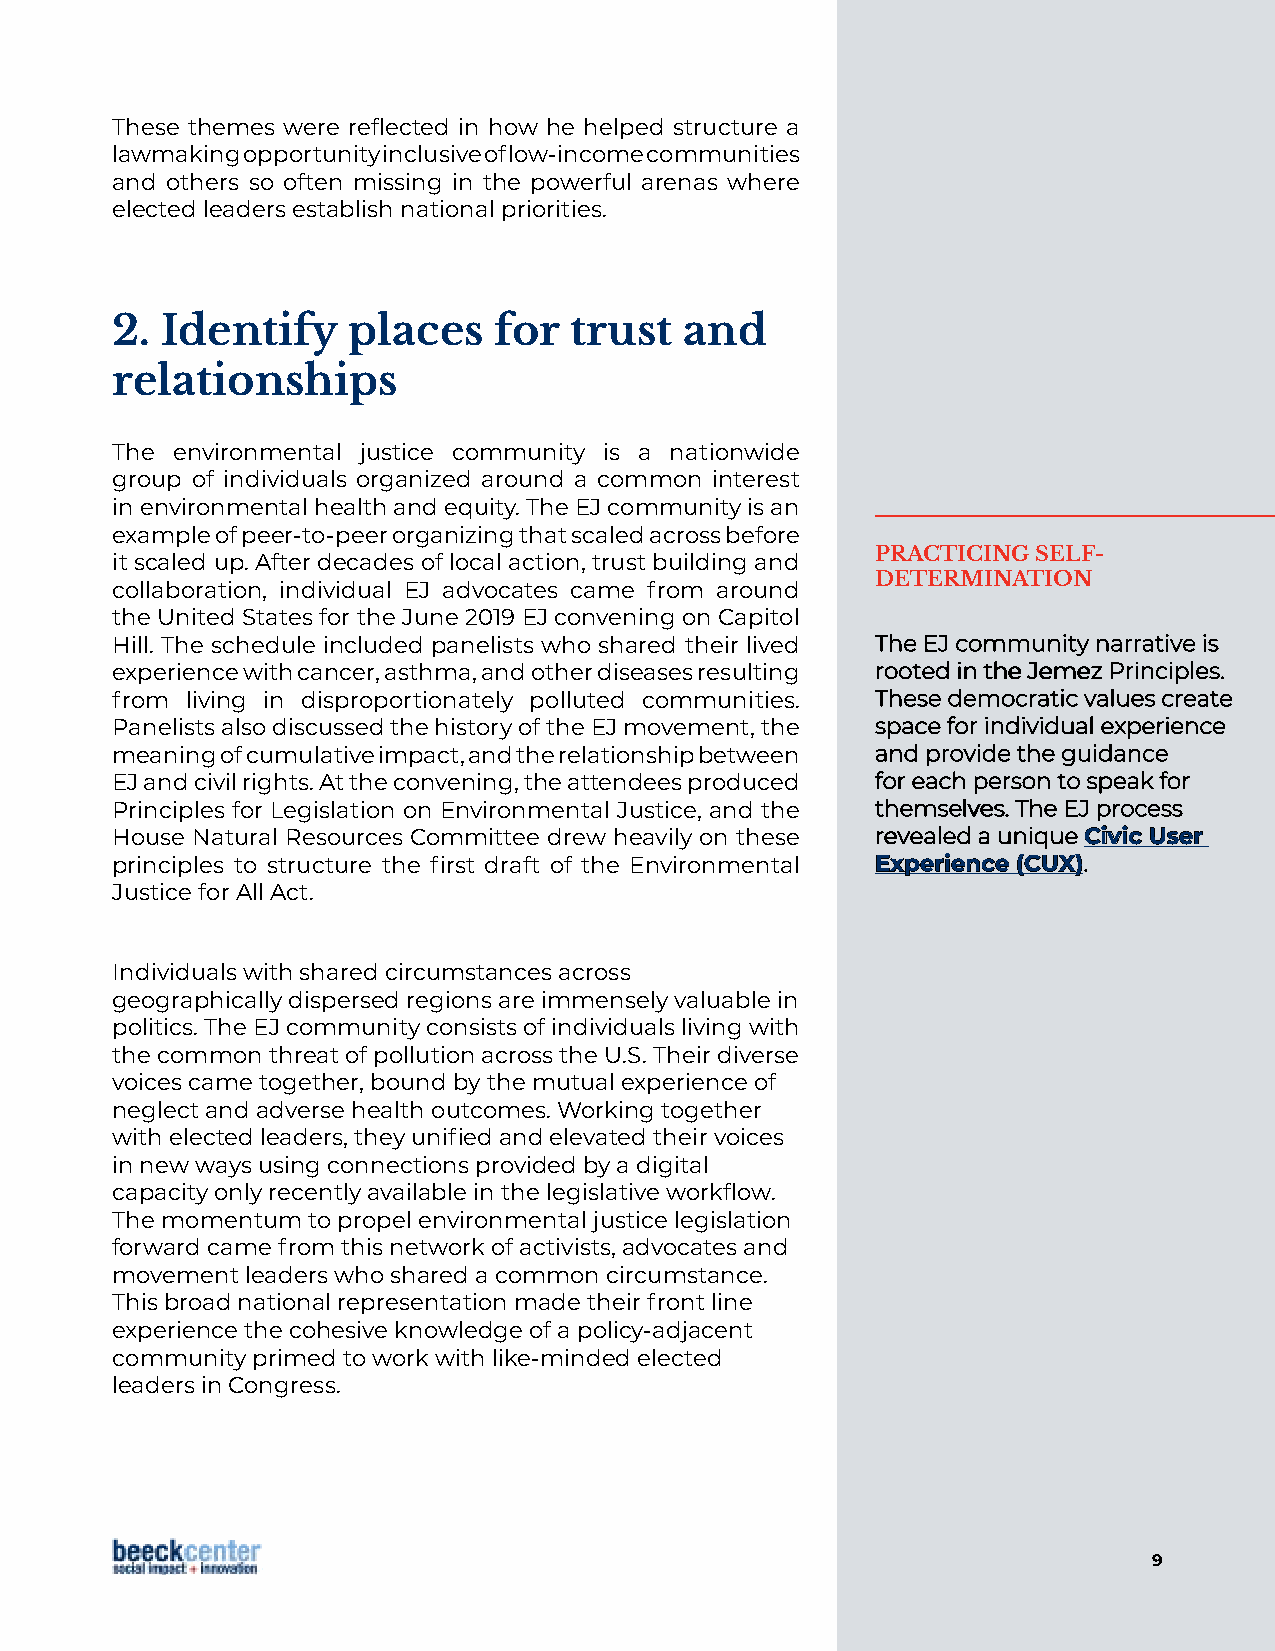
These themes were reflected in how he helped structure a
 lawmaking opportunity inclusive of low-income communities
 and others so often missing in the powerful arenas where
 elected leaders establish national priorities.
 2.  Identify    places    for  trust  and
 relationships
 The environmental justice community is a nationwide
 group of individuals organized around a common interest
 in environmental health and equity. The EJ community is an
 example of peer-to-peer organizing that scaled across before
 PRACTICING SELF-
 it scaled up. After decades of local action, trust building and
 DETERMINATION
 collaboration, individual EJ advocates came from around
 the United States for the June 2019 EJ convening on Capitol
 Hill. The schedule included panelists who shared their lived TThhee EEJJ ccoommmmuunniittyy nnaarrrraattiivvee iiss
 experience with cancer, asthma, and other diseases resulting rrooootteedd iinn tthhee JJeemmeezz PPrriinncciipplleess..
 from living in disproportionately polluted communities. TThheessee ddeemmooccrraattiicc vvaalluueess ccrreeaattee
 Panelists also discussed the history of the EJ movement, the ssppaaccee ffoorr iinnddiivviidduuaall eexxppeerriieennccee
 meaning of cumulative impact, and the relationship between aanndd pprroovviiddee tthhee gguuiiddaannccee
 EJ and civil rights. At the convening, the attendees produced ffoorr eeaacchh ppeerrssoonn ttoo ssppeeaakk ffoorr
 Principles for Legislation on Environmental Justice, and the tthheemmsseellvveess.. TThhee EEJJ pprroocceessss
 House Natural Resources Committee drew heavily on these rreevveeaalleedd aa uunniiqquuee CCiivviicc UUsseerr
 principles to structure the first draft of the Environmental EExxppeerriieennccee ((CCUUXX))..
 Justice for All Act.
 Individuals with shared circumstances across
 geographically dispersed regions are immensely valuable in
 politics. The EJ community consists of individuals living with
 the common threat of pollution across the U.S. Their diverse
 voices came together, bound by the mutual experience of
 neglect and adverse health outcomes. Working together
 with elected leaders, they unified and elevated their voices
 in new ways using connections provided by a digital
 capacity only recently available in the legislative workflow.
 The momentum to propel environmental justice legislation
 forward came from this network of activists, advocates and
 movement leaders who shared a common circumstance.
 This broad national representation made their front line
 experience the cohesive knowledge of a policy-adjacent
 community primed to work with like-minded elected
 leaders in Congress.
 9